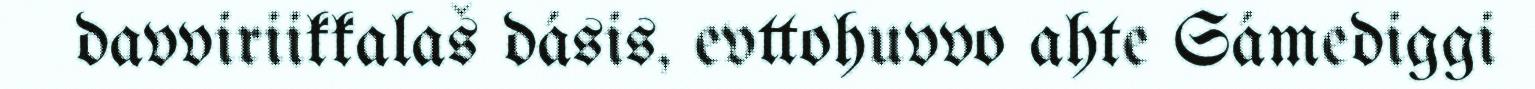
davviriikkalaš dásis, evttohuvvo ahte Sámediggi